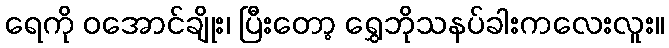
ရေကို ဝအောင်ချိုး၊ ပြီးတော့ ရွှေဘိုသနပ်ခါးကလေးလူး။